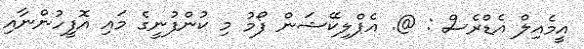
އީމެއިލް އެޑްރެސް : @. އެޕްލިކޭޝަން ފޯމު މި ކުންފުނީގެ މައި އޮފީހުންނާއި